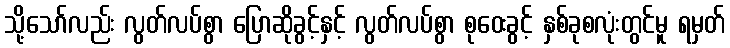
သို့သော်လည်း လွတ်လပ်စွာ ပြောဆိုခွင့်နှင့် လွတ်လပ်စွာ စုဝေးခွင့် နှစ်ခုစလုံးတွင်မူ ရမှတ်